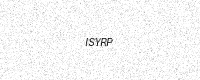
Text: ISYRP